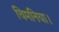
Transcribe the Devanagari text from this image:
चिमनिया।